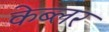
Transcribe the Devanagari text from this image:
केब्लर